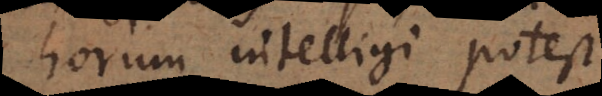
horum intelligi potest.